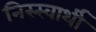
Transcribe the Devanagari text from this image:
निस्स्वार्थी